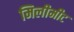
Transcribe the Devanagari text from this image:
मिलीमीट